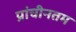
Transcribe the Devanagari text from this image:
प्रांचीनतम